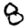
Digit: 8